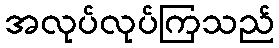
အလုပ်လုပ်ကြသည်